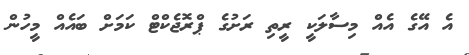
އެ އޭގެ އެއް މިސާލަކީ ރީތި ރަށުގެ ޕްރޮޖެކްޓް ކަމަށް ބައެއް މީހުން